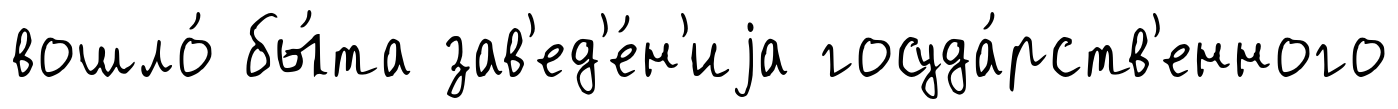
вошло́ бы́та зав'ед'е́н'иjа госуда́рств'енного